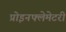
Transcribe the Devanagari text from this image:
प्रोइनफ्लेमेटरी